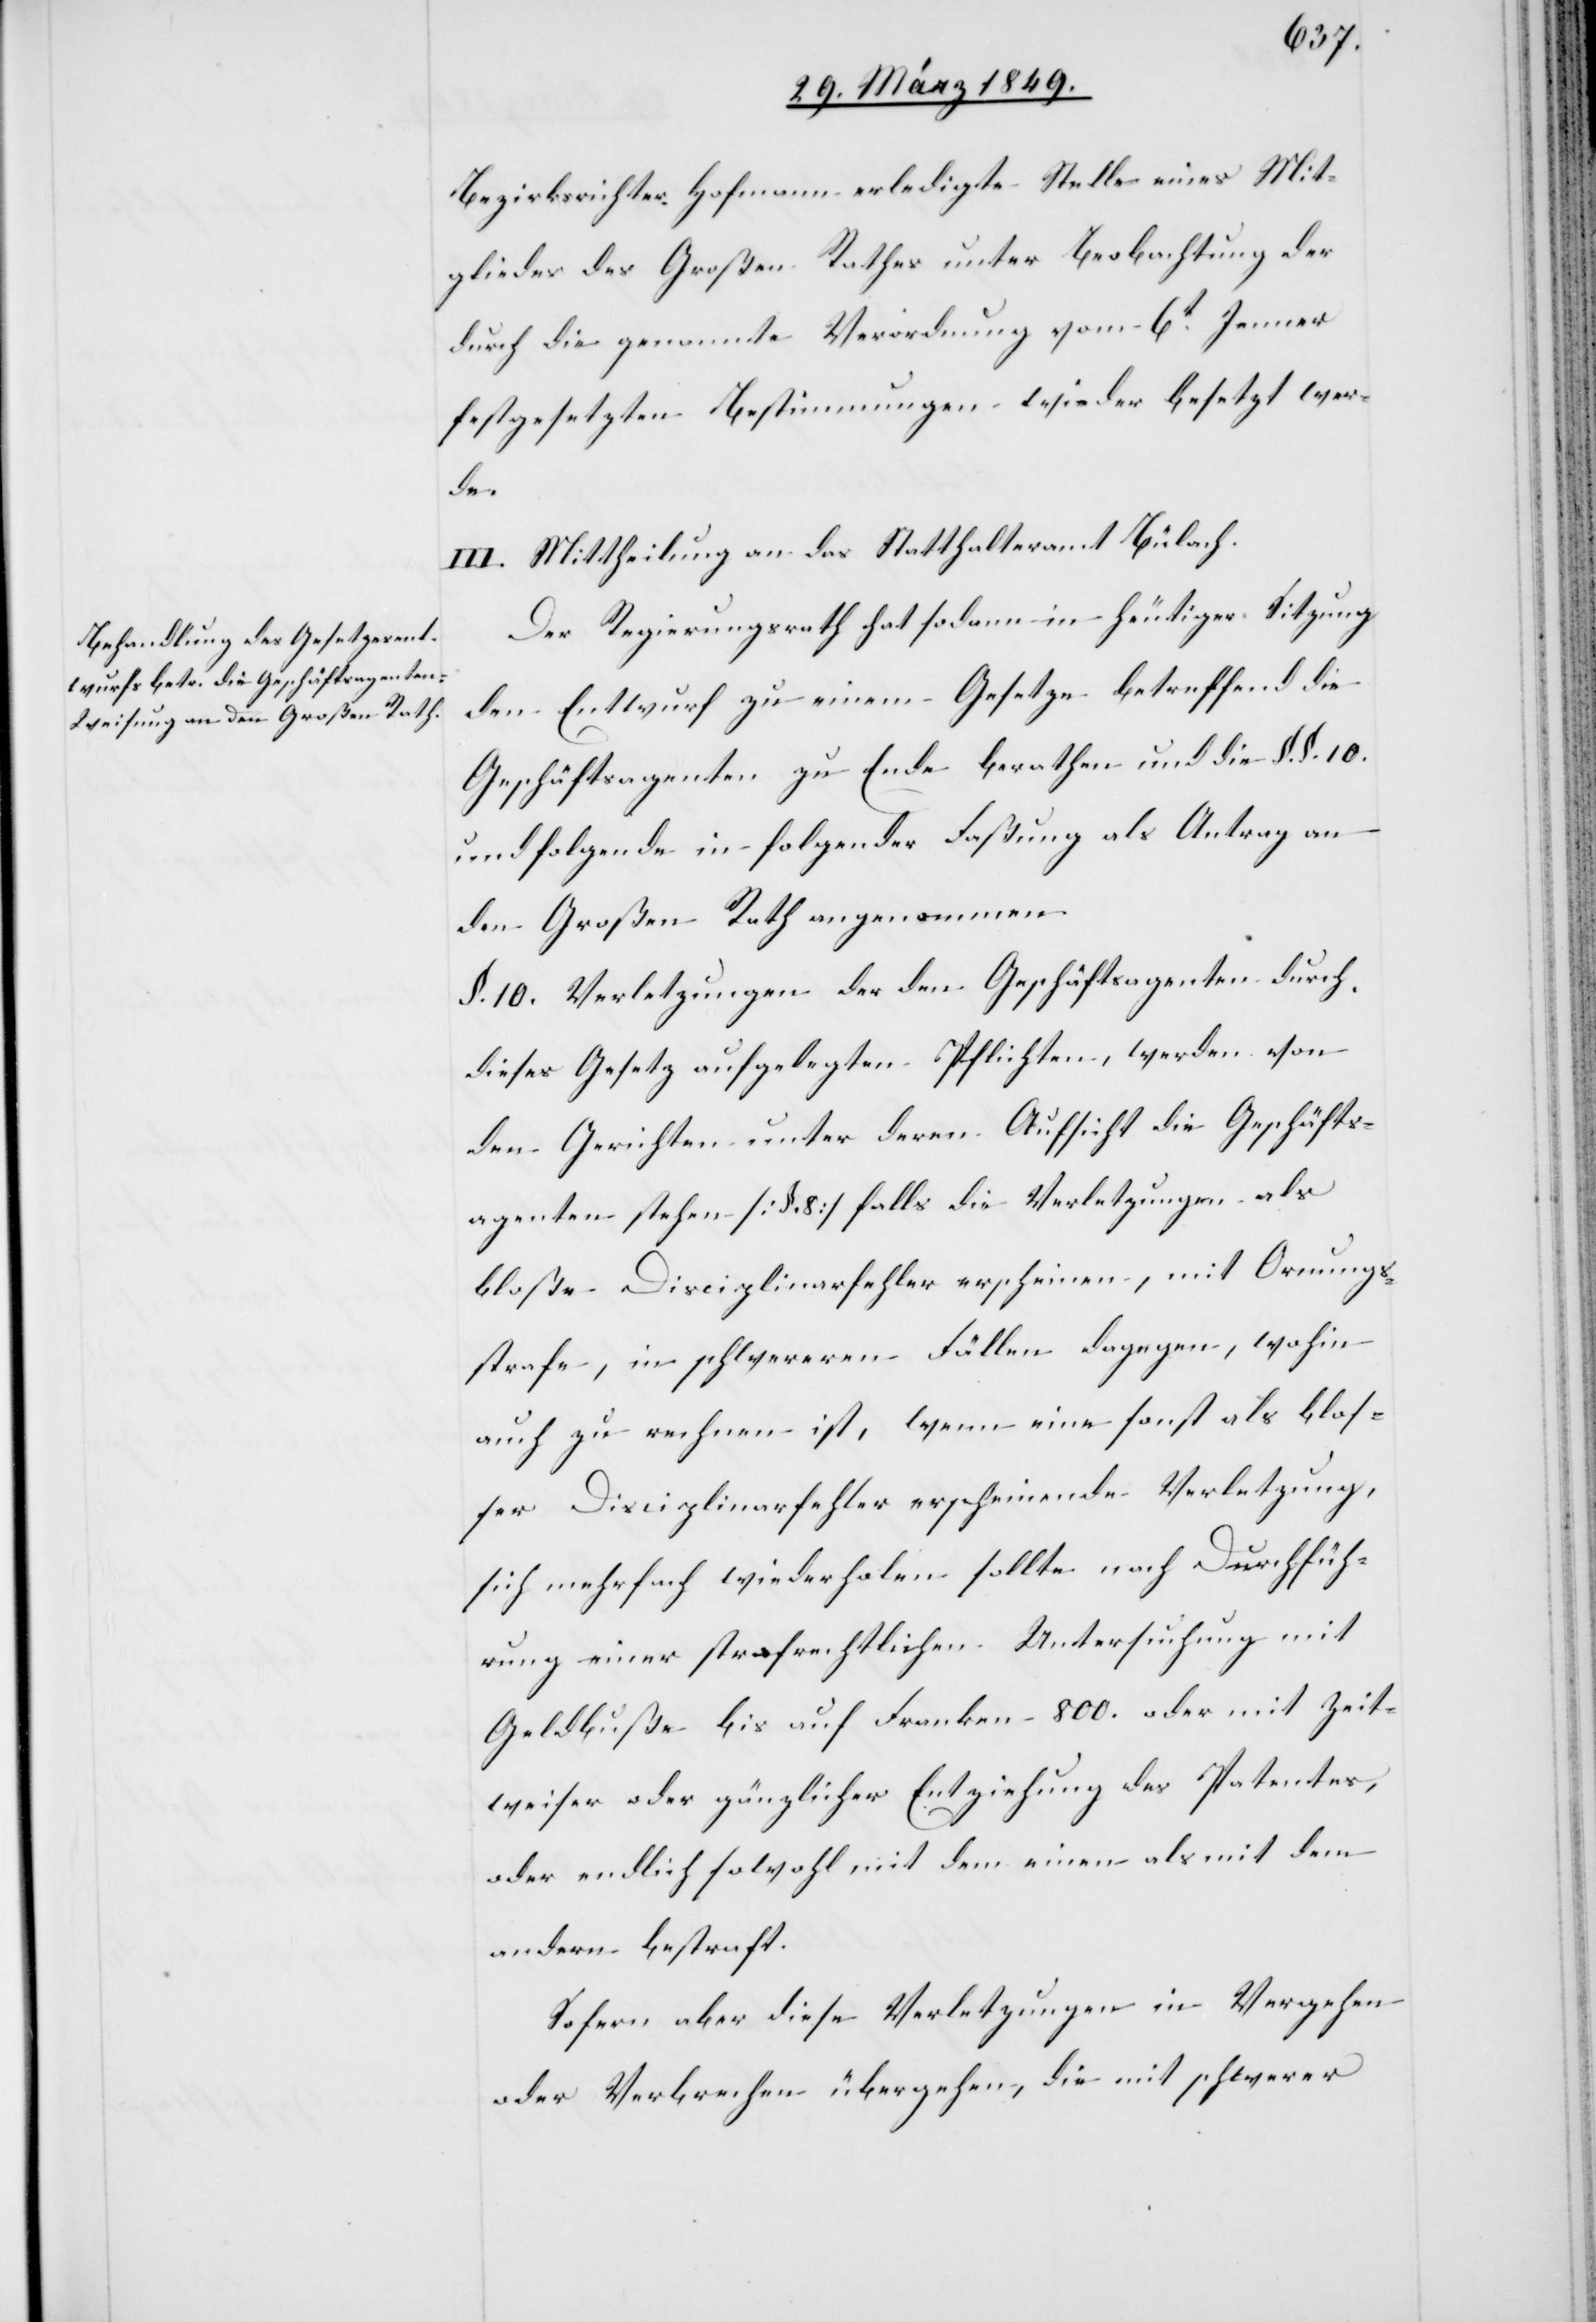
Bezirksrichter Hofmann erledigte Stelle eines Mit¬
gliedes des Großen Rathes unter Beobachtung der
durch die genannte Verordnung vom 6t. Jenner
festgesetzten Bestimmungen wieder besetzt wer¬
de.
III. Mittheilung an das Statthalteramt Bülach.
Der Regierungsrath hat sodann in heutiger Sitzung
den Entwurf zu einem Gesetze betreffend die
Geschäftsagenten zu Ende berathen und die §. §. 10.
und folgende in folgender Faßung als Antrag an
den Großen Rath angenommen.
§. 10. Verletzungen der den Geschäftsagenten durch
dieses Gesetz auferlegten Pflichten, werden von
den Gerichten unter deren Aufsicht die Geschäfts¬
agenten stehen [§. 8] falls die Verletzungen als
bloße Disciplinarfehler erscheinen, mit Ornungs¬
strafe [sic!], in schwereren Fällen dagegen, wohin
auch zu rechnen ist, wenn eine sonst als bloß¬
er Disciplinarfehler erscheinende Verletzung,
sich mehrfach wiederholen sollte nach Durchfüh¬
rung einer strafrechtlichen Untersuchung mit
Geldbuße bis auf Franken 800. oder mit zeit¬
weiser oder gänzlicher Entziehung des Patentes,
oder endlich sowohl mit dem einen als mit dem
andern bestraft.
Sofern aber diese Verletzungen in Vergehen
oder Verbrechen übergehen, die mit schwerer